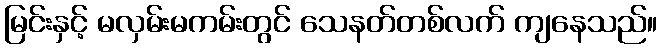
မြင်းနှင့် မလှမ်းမကမ်းတွင် သေနတ်တစ်လက် ကျနေသည်။